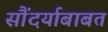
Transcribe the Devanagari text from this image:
सौंदर्याबाबत